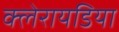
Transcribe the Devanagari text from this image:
क्लेरायडिया